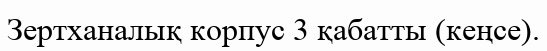
Зертханалық корпус 3 қабатты (кеңсе).